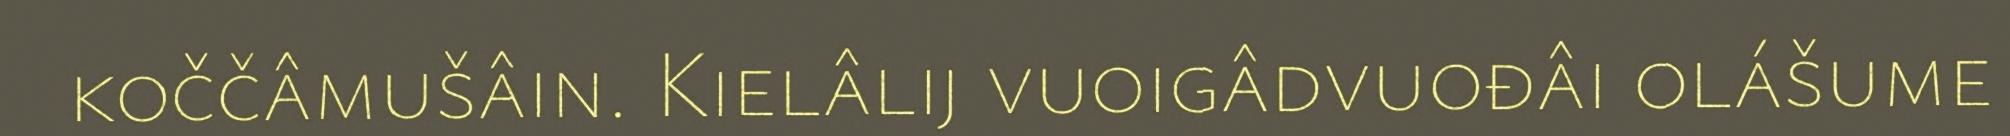
koččâmušâin. Kielâlij vuoigâdvuođâi olášume